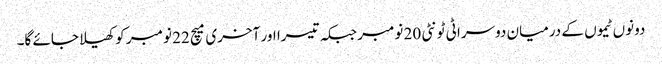
دونوں ٹیموں کے درمیان دوسرا ٹی ٹونٹی 20 نومبر جبکہ تیسرا اور آخری میچ 22 نومبر کو کھیلا جائے گا۔